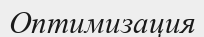
Оптимизация